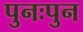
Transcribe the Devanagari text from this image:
पुनःपुन